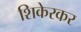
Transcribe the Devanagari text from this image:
शिकेरकर